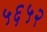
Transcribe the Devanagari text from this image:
५६५२